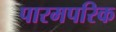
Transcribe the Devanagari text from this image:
पारमपरिक